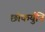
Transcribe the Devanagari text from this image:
छोकर्युनि